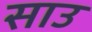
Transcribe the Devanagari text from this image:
साउ